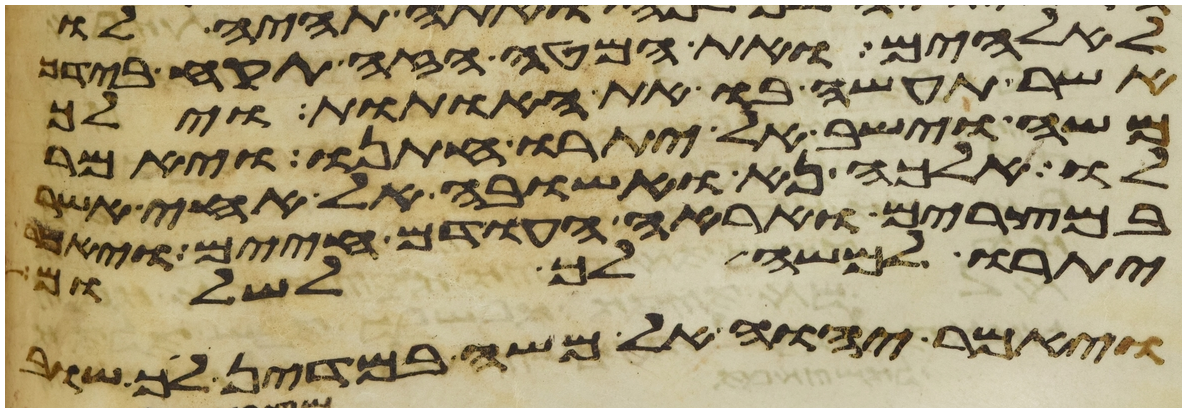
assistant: לאלהים ואת המטה הזה תקח בידך
אשר תעשה בו את האתות וילך
משה וישב אל יתרו חתנו ויאמר
לו אלכה נא ואשובה אל אחי אשר
במצרים ואראה העודם חיים ויאמר
יתרו למשה לך לשלום
ויאמר יהוה אל משה במדין לך שוב